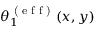
\theta _ { 1 } ^ { \textrm { ( e f f ) } } ( x , y )